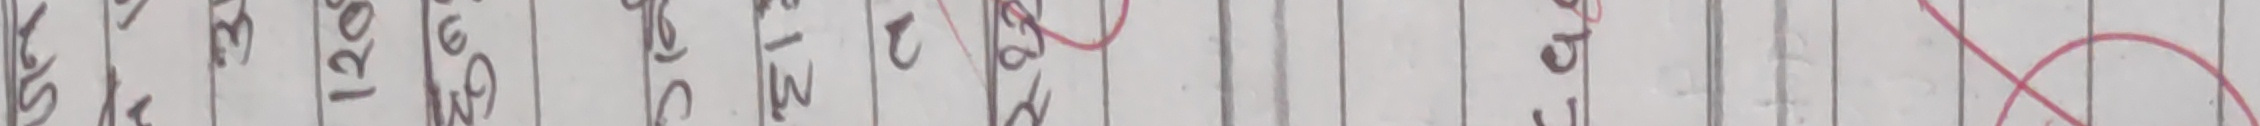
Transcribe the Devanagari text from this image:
१/५ १०० १३० १६० १९० २१० २४० २७० ३०० ३३० ३६० ३९०